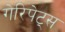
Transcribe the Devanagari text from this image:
गेरिपेट्स